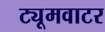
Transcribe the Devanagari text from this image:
ट्यूमवाटर